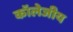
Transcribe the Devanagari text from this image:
कॉलेजीय